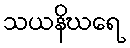
သယနိဃရေ